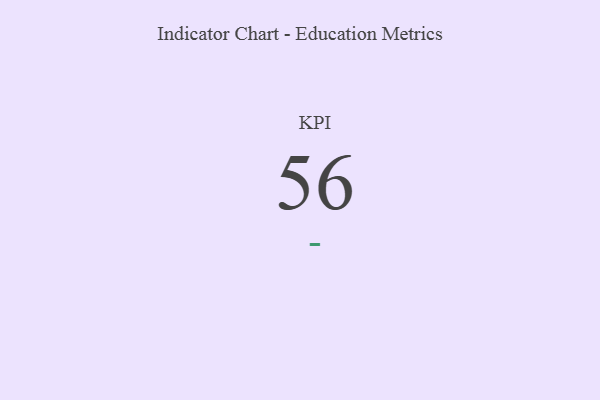
{"axis": {"x": "KPI", "y": "Value"}, "legend": [""], "data": [{"x": "KPI", "y": 56, "type": ""}]}